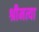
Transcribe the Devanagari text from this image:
श्रीमत्या